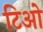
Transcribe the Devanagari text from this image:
टिओ